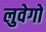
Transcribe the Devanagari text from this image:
लुवेगो